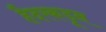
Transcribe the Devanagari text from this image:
हैदरकडून